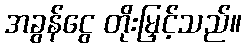
အခွန်ငွေ တိုးမြှင့်သည်။